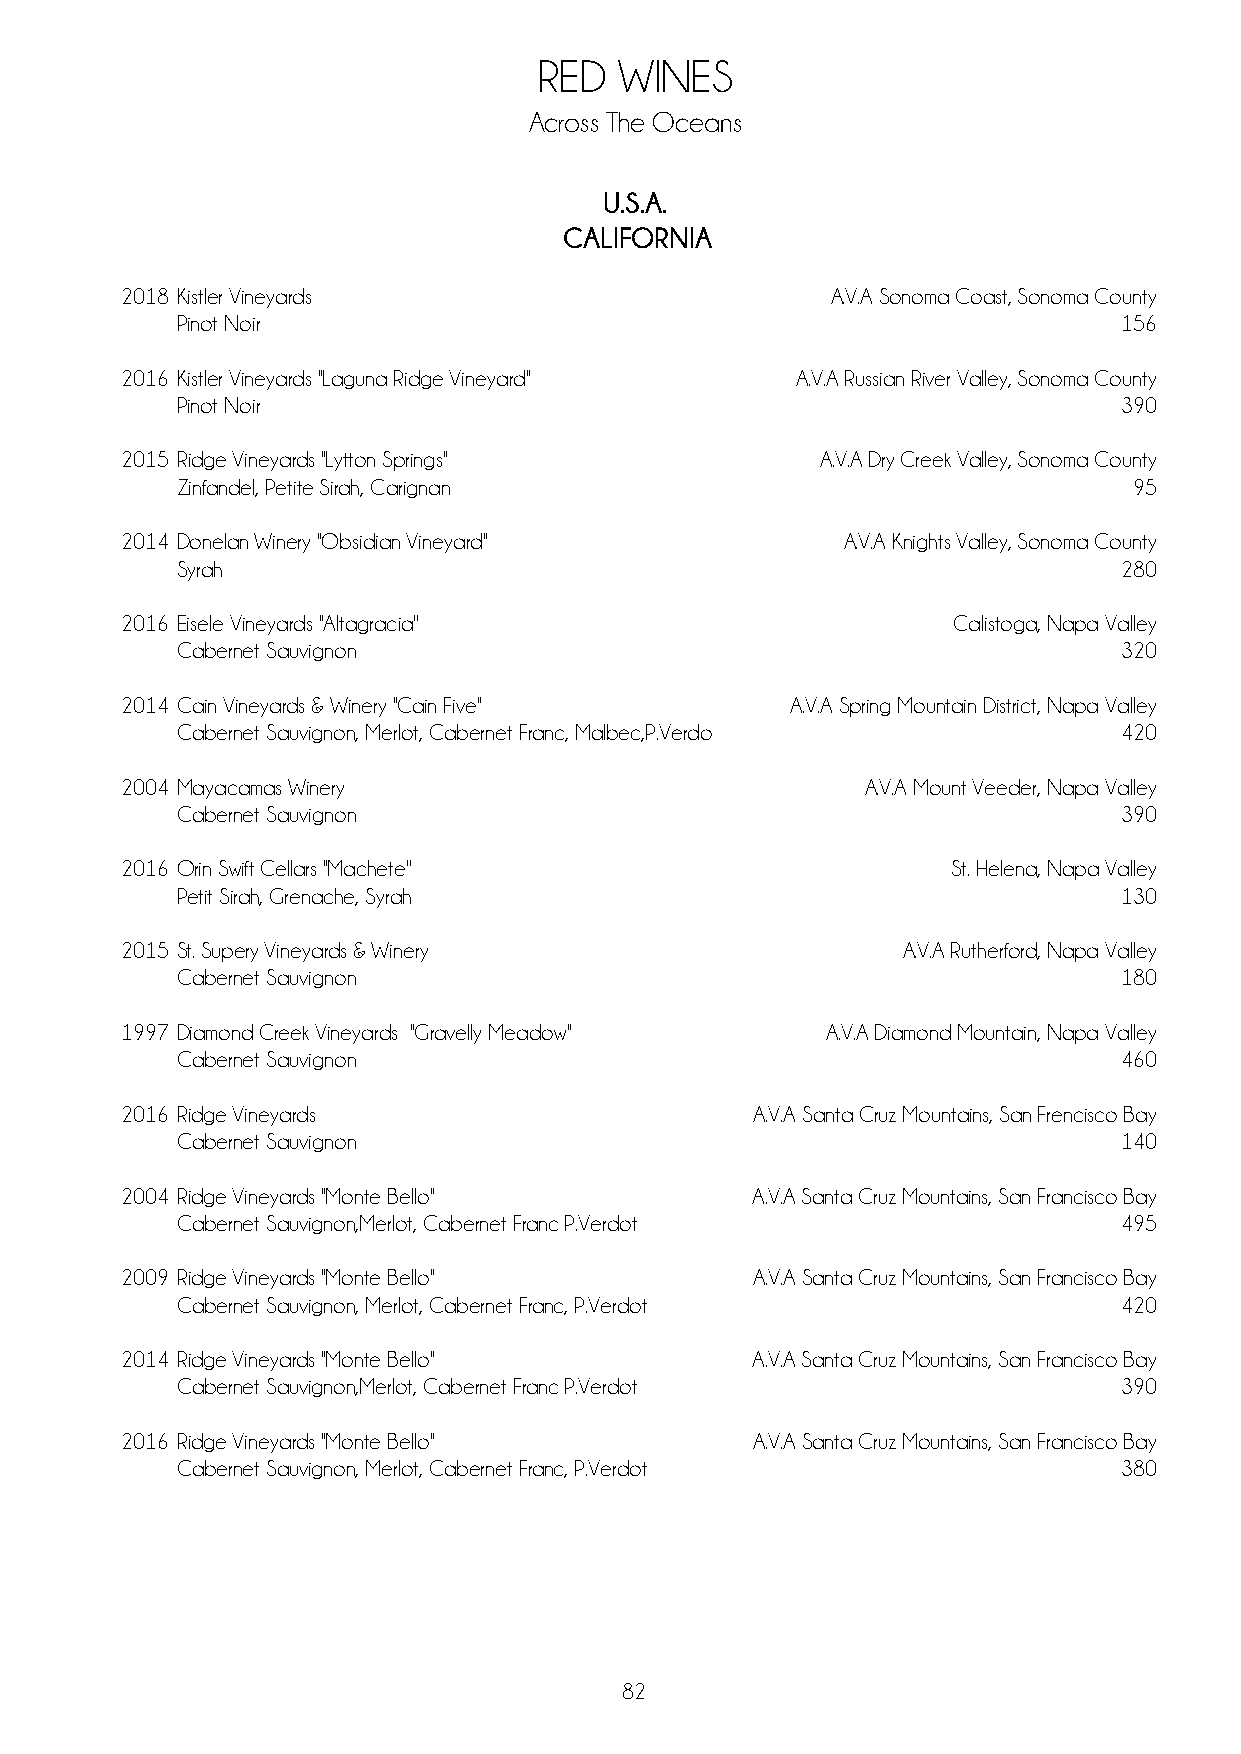
RED  WINES
 Across The Oceans
 U.S.A.
 CALIFORNIA
 2018 Kistler Vineyards                         A.V.A Sonoma Coast, Sonoma County
 Pinot Noir                                                    156
 2016 Kistler Vineyards ''Laguna Ridge Vineyard'' A.V.A Russian River Valley, Sonoma County
 Pinot Noir                                                    390
 2015 Ridge Vineyards ''Lytton Springs''       A.V.A Dry Creek Valley, Sonoma County
 Zinfandel, Petite Sirah, Carignan                              95
 2014 Donelan Winery ''Obsidian Vineyard''       A.V.A Knights Valley, Sonoma County
 Syrah                                                         280
 2016 Eisele Vineyards ''Altagracia''                   Calistoga, Napa Valley
 Cabernet Sauvignon                                            320
 2014 Cain Vineyards & Winery ''Cain Five''  A.V.A Spring Mountain District, Napa Valley
 Cabernet Sauvignon, Merlot, Cabernet Franc, Malbec,P.Verdot   420
 2004 Mayacamas Winery                            A.V.A Mount Veeder, Napa Valley
 Cabernet Sauvignon                                            390
 2016 Orin Swift Cellars ''Machete''                    St. Helena, Napa Valley
 Petit Sirah, Grenache, Syrah                                  130
 2015 St. Supery Vineyards & Winery                  A.V.A Rutherford, Napa Valley
 Cabernet Sauvignon                                            180
 1997 Diamond Creek Vineyards ''Gravelly Meadow'' A.V.A Diamond Mountain, Napa Valley
 Cabernet Sauvignon                                            460
 2016 Ridge Vineyards                      A.V.A Santa Cruz Mountains, San Frencisco Bay
 Cabernet Sauvignon                                            140
 2004 Ridge Vineyards ''Monte Bello''      A.V.A Santa Cruz Mountains, San Francisco Bay
 Cabernet Sauvignon,Merlot, Cabernet Franc P.Verdot            495
 2009 Ridge Vineyards ''Monte Bello''      A.V.A Santa Cruz Mountains, San Francisco Bay
 Cabernet Sauvignon, Merlot, Cabernet Franc, P.Verdot          420
 2014 Ridge Vineyards ''Monte Bello''      A.V.A Santa Cruz Mountains, San Francisco Bay
 Cabernet Sauvignon,Merlot, Cabernet Franc P.Verdot            390
 2016 Ridge Vineyards ''Monte Bello''      A.V.A Santa Cruz Mountains, San Francisco Bay
 Cabernet Sauvignon, Merlot, Cabernet Franc, P.Verdot          380
 82